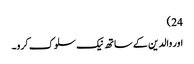
24)
اور والدین کے ساتھ نیک سلوک کرو۔